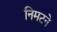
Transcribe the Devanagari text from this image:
निमटने